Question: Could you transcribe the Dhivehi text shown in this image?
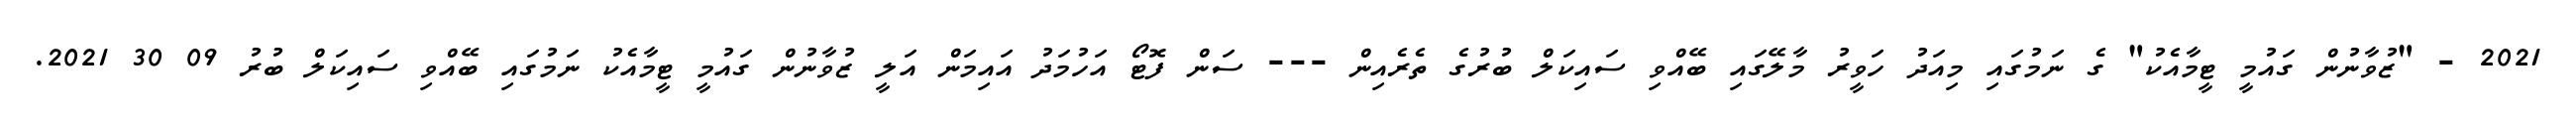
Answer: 2021 - "ޒުވާނުން ގައުމީ ޓީމާއެކު" ގެ ނަމުގައި މިއަދު ހަވީރު މާލޭގައި ބޭއްވި ސައިކަލް ބުރުގެ ތެރެއިން --- ސަން ފޮޓޯ އަހުމަދު އައިމަން އަލީ ޒުވާނުން ގައުމީ ޓީމާއެކު ނަމުގައި ބޭއްވި ސައިކަލް ބުރު 09 30 2021.